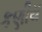
કણીય